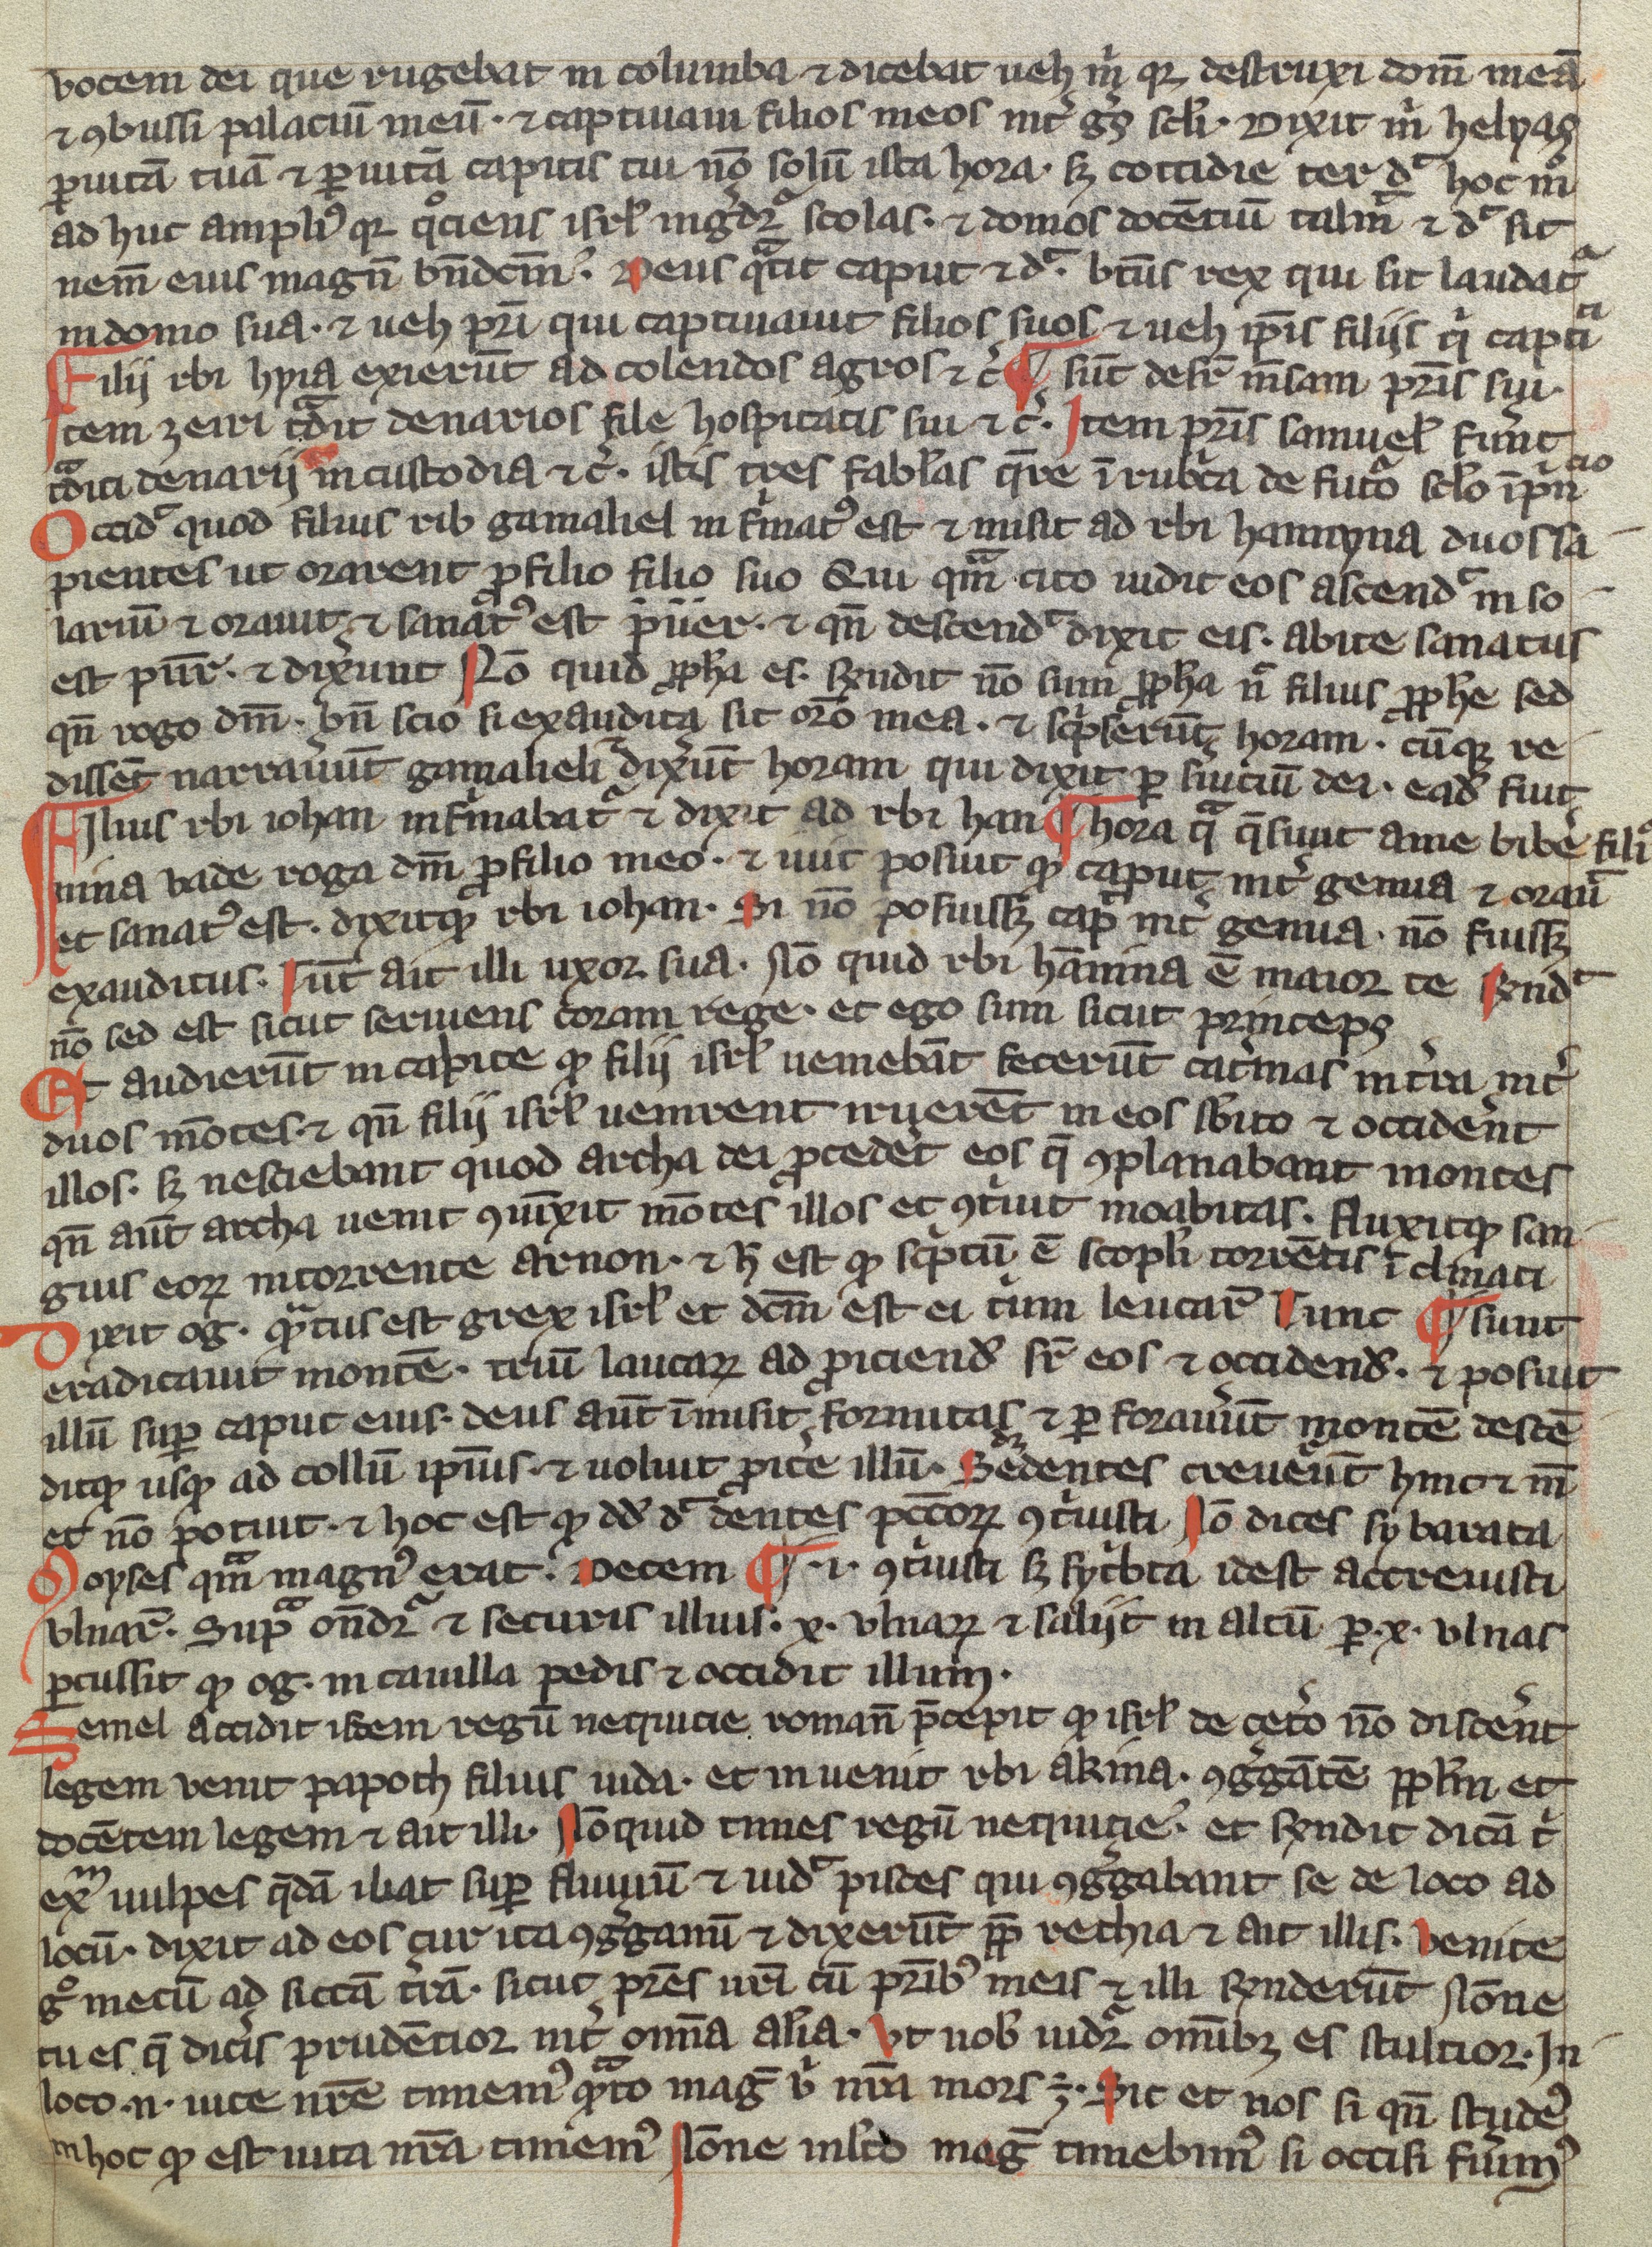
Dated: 1200–1399